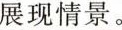
展现情景。